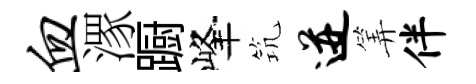
血潈蹰峰𥬑迸筭伴